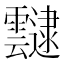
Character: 靆